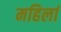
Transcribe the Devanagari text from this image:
महिलां